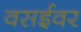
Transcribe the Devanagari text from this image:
वसईवर